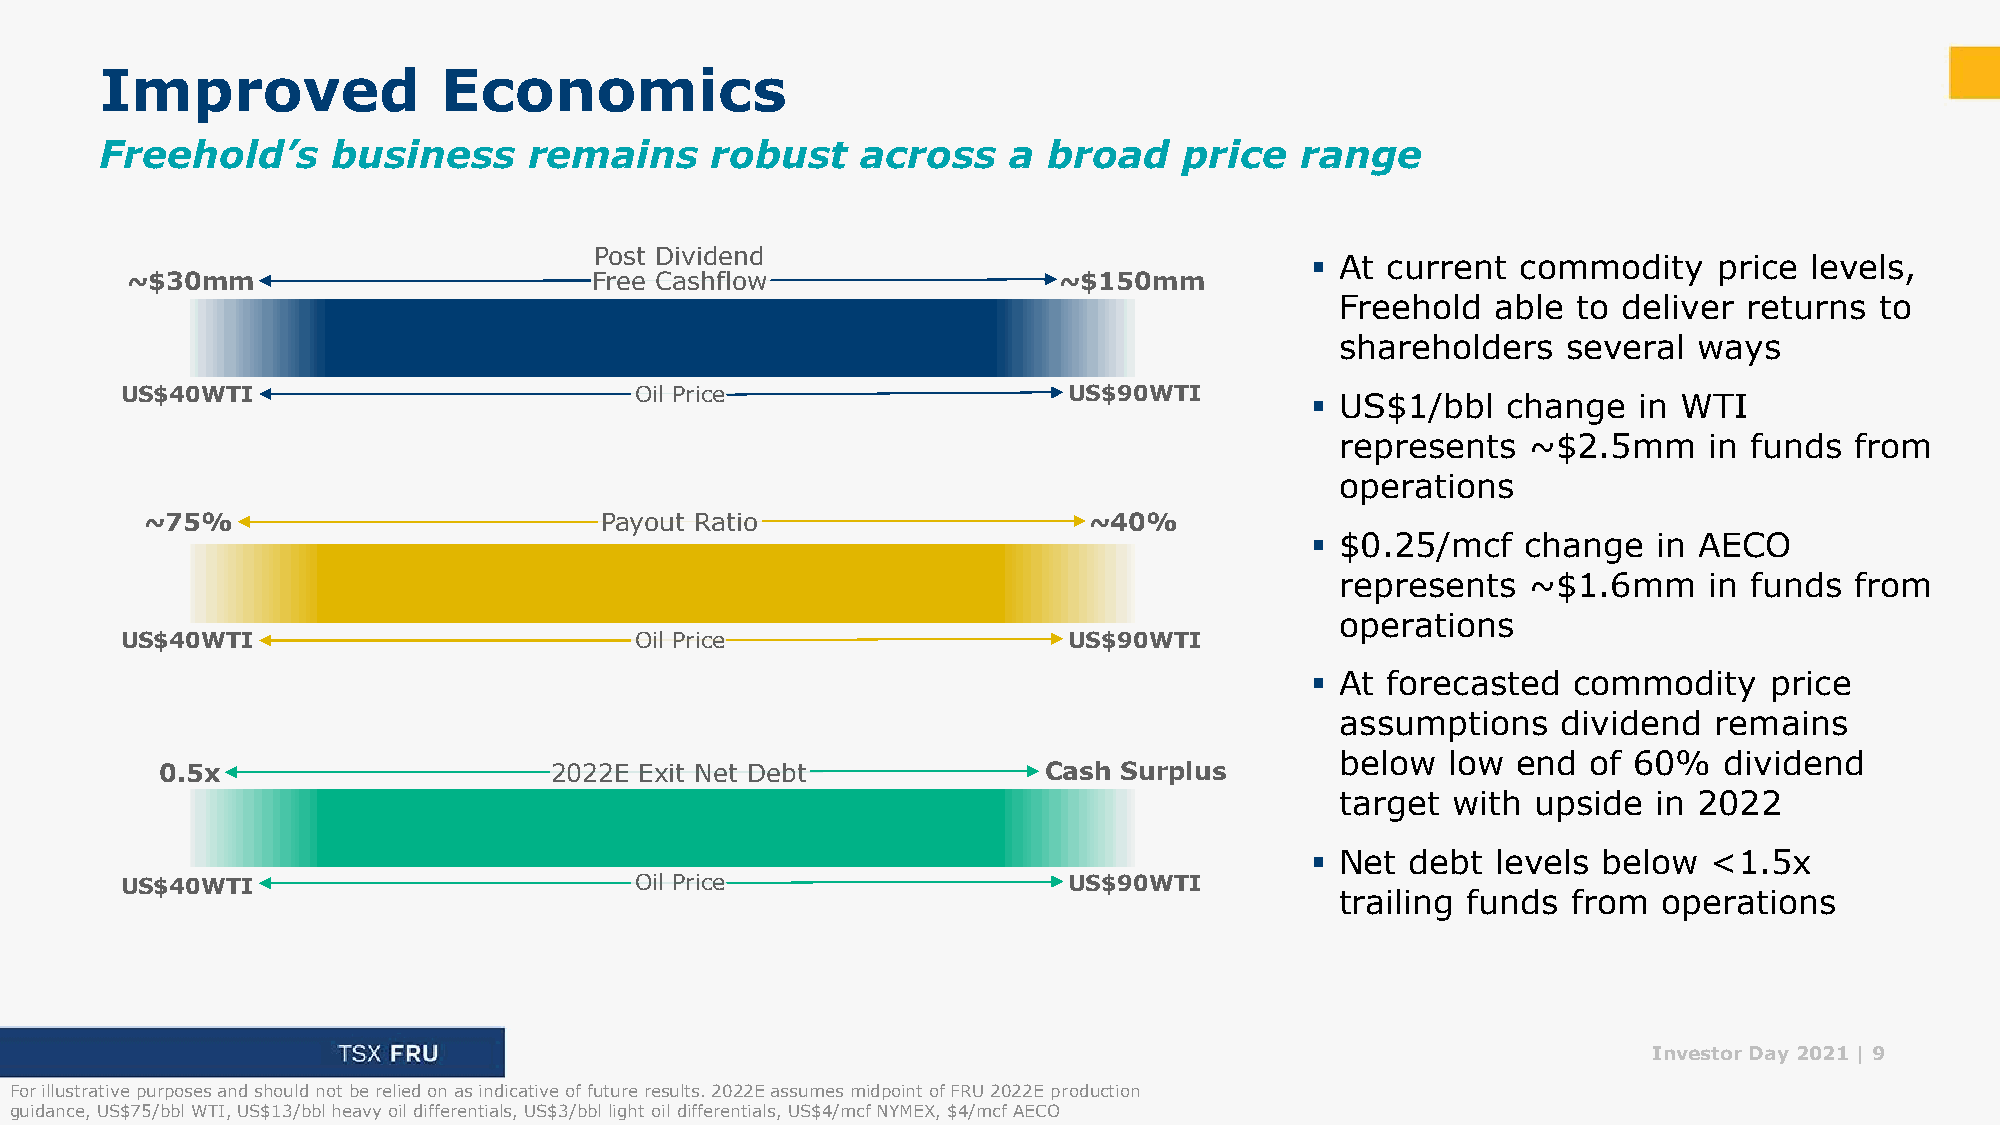
Improved              Economics
 Freehold’s     business     remains     robust    across    a broad    price   range
 Post Dividend
 ▪ At current  commodity    price levels,
 ~$30mm                         Free Cashflow                  ~$150mm
 Freehold  able to deliver  returns to
 shareholders   several ways
 US$40WTI                          Oil Price                    US$90WTI
 ▪ US$1/bbl   change  in WTI
 represents  ~$2.5mm     in funds  from
 operations
 ~75%                          Payout Ratio                    ~40%
 ▪ $0.25/mcf   change   in AECO
 represents  ~$1.6mm     in funds  from
 operations
 US$40WTI                          Oil Price                    US$90WTI
 ▪ At forecasted  commodity    price
 assumptions   dividend  remains
 below  low end  of 60%   dividend
 0.5x                     2022E Exit Net Debt              Cash Surplus
 target with  upside  in 2022
 ▪ Net debt  levels below  <1.5x
 US$40WTI                          Oil Price                    US$90WTI
 trailing funds from  operations
 Investor Day 2021 | 9
 For illustrative purposes and should not be relied on as indicative of future results. 2022E assumes midpoint of FRU 2022E production
 guidance, US$75/bbl WTI, US$13/bbl heavy oil differentials, US$3/bbl light oil differentials, US$4/mcf NYMEX, $4/mcf AECO